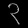
Digit: ၃